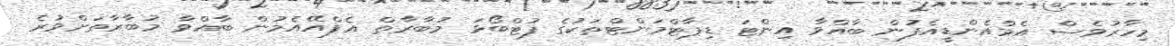
މިހާރުވެސް އެމްއެންޑީއެފުން ބާއްވާ އިންޓަ ޑިޕާޓްމަންޓްތަކުގެ ފުޓްބޯޅަ މުބާރާތް އެފްއޭއެމުން ބާއްވާ މުބާރާތަށްވުރެ